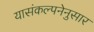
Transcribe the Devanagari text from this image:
यासंकल्पनेनुसार